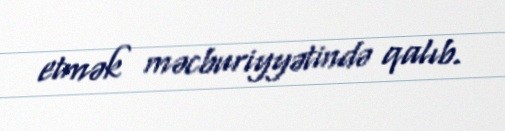
etmək məcburiyyətində qalıb.